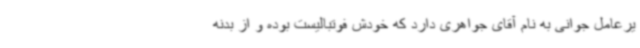
یرعامل جوانی به نام آقای جواهری دارد که خودش فوتبالیست بوده و از بدنه